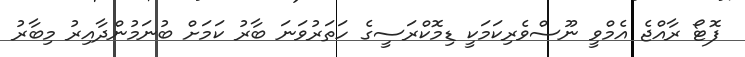
ފޮޓޯ ރާއްޖެ އެމްވީ ނޫސްވެރިކަމަކީ ޑިމޮކްރަސީގެ ހަތަރުވަނަ ބާރު ކަމަށް ބުނަމުންދާއިރު މިބާރު